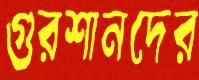
গুরশানদের